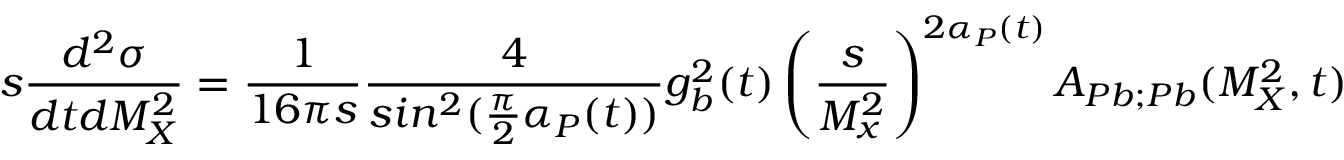
s { \frac { d ^ { 2 } \sigma } { d t d M _ { X } ^ { 2 } } } = { \frac { 1 } { 1 6 \pi s } } { \frac { 4 } { s i n ^ { 2 } ( { \frac { \pi } { 2 } } \alpha _ { P } ( t ) ) } } g _ { b } ^ { 2 } ( t ) \left( { \frac { s } { M _ { x } ^ { 2 } } } \right) ^ { 2 \alpha _ { P } ( t ) } A _ { P b ; P b } ( M _ { X } ^ { 2 } , t )